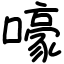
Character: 嚎